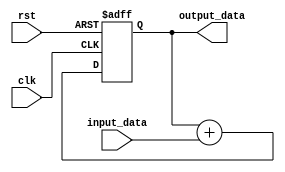
module accumulator (
  input wire clk,
  input wire rst,
  input wire signed [15:0] input_data,
  output reg signed [31:0] output_data
);

reg signed [31:0] sum;

always @(posedge clk or posedge rst) begin
  if (rst) begin
    sum <= 32'h0;
  end else begin
    sum <= sum + input_data;
  end
end

assign output_data = sum;

endmodule